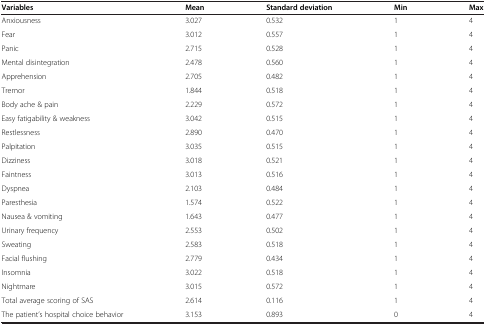
| Variables | Mean | Standard deviation | Min | Max |
 | --- | --- | --- | --- | --- |
 | Anxiousness | 3.027 | 0.532 | 1 | 4 |
 | Fear | 3.012 | 0.557 | 1 | 4 |
 | Panic | 2.715 | 0.528 | 1 | 4 |
 | Mental disintegration | 2.478 | 0.560 | 1 | 4 |
 | Apprehension | 2.705 | 0.482 | 1 | 4 |
 | Tremor | 1.844 | 0.518 | 1 | 4 |
 | Body ache & pain | 2.229 | 0.572 | 1 | 4 |
 | Easy fatigability & weakness | 3.042 | 0.515 | 1 | 4 |
 | Restlessness | 2.890 | 0.470 | 1 | 4 |
 | Palpitation | 3.035 | 0.515 | 1 | 4 |
 | Dizziness | 3.018 | 0.521 | 1 | 4 |
 | Faintness | 3.013 | 0.516 | 1 | 4 |
 | Dyspnea | 2.103 | 0.484 | 1 | 4 |
 | Paresthesia | 1.574 | 0.522 | 1 | 4 |
 | Nausea & vomiting | 1.643 | 0.477 | 1 | 4 |
 | Urinary frequency | 2.553 | 0.502 | 1 | 4 |
 | Sweating | 2.583 | 0.518 | 1 | 4 |
 | Facial flushing | 2.779 | 0.434 | 1 | 4 |
 | Insomnia | 3.022 | 0.518 | 1 | 4 |
 | Nightmare | 3.015 | 0.572 | 1 | 4 |
 | Total average scoring of SAS | 2.614 | 0.116 | 1 | 4 |
 | The patient’s hospital choice behavior | 3.153 | 0.893 | 0 | 4 |